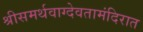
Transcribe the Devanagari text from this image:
श्रीसमर्थवाग्देवतामंदिरात